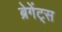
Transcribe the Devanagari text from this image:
ब्रेगेंट्स